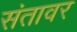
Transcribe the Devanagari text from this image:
संतावर